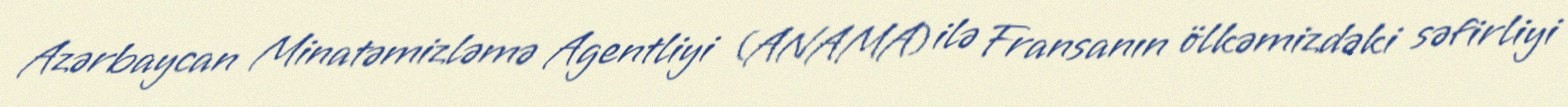
Azərbaycan Minatəmizləmə Agentliyi (ANAMA) ilə Fransanın ölkəmizdəki səfirliyi